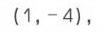
\((1, -4)\)